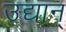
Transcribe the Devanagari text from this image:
उद्यान्